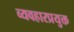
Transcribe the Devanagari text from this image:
व्यवहारप्रयुक्त